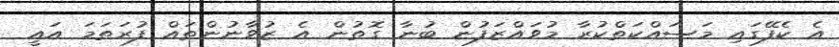
އެ ކެފޭގައި މަސައްކަތްކުރާ މުވައްޒަފުން ބުނާ ގޮތުން އެ ޒުވާނުންތައް ފުރަތަމަ އައީ